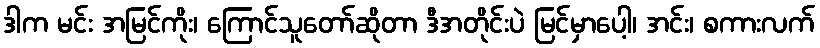
ဒါက မင်း အမြင်ကိုး၊ ကြောင်သူတော်ဆိုတာ ဒီအတိုင်းပဲ မြင်မှာပေါ့၊ အင်း၊ စကားလက်